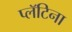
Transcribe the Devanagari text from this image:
प्लॅटिना